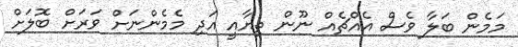
މަމެން ބަލާ ވެސް އެއްޗެއް ނޫން ތިޔާއީ އަދި މެމެންނަށް ވަރަށް ބޮލަށް